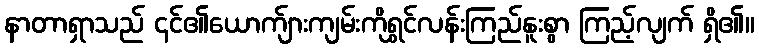
နာတာရှာသည် ၎င်၏ယောက်ျားကျမ်းကိုရွှင်လန်းကြည်နူးစွာ ကြည့်လျက် ရှိ၏။